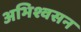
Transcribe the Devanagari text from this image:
अभिश्वसन